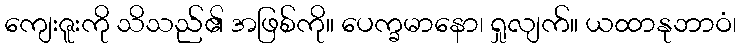
ကျေးဇူးကို သိသည်၏ အဖြစ်ကို။ ပေက္ခမာနော၊ ရှုလျက်။ ယထာနုဘာဝံ၊